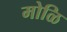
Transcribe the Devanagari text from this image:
मोळि